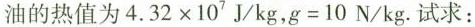
油的热值为$$4 . 3 2 \times 1 0 ^ { 7 } J / k g ，g = 1 0 N / k g$$.试求：